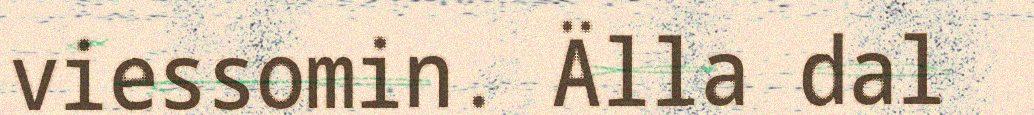
viessomin. Älla dal